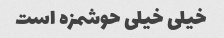
خیلی خیلی حوشمزه است